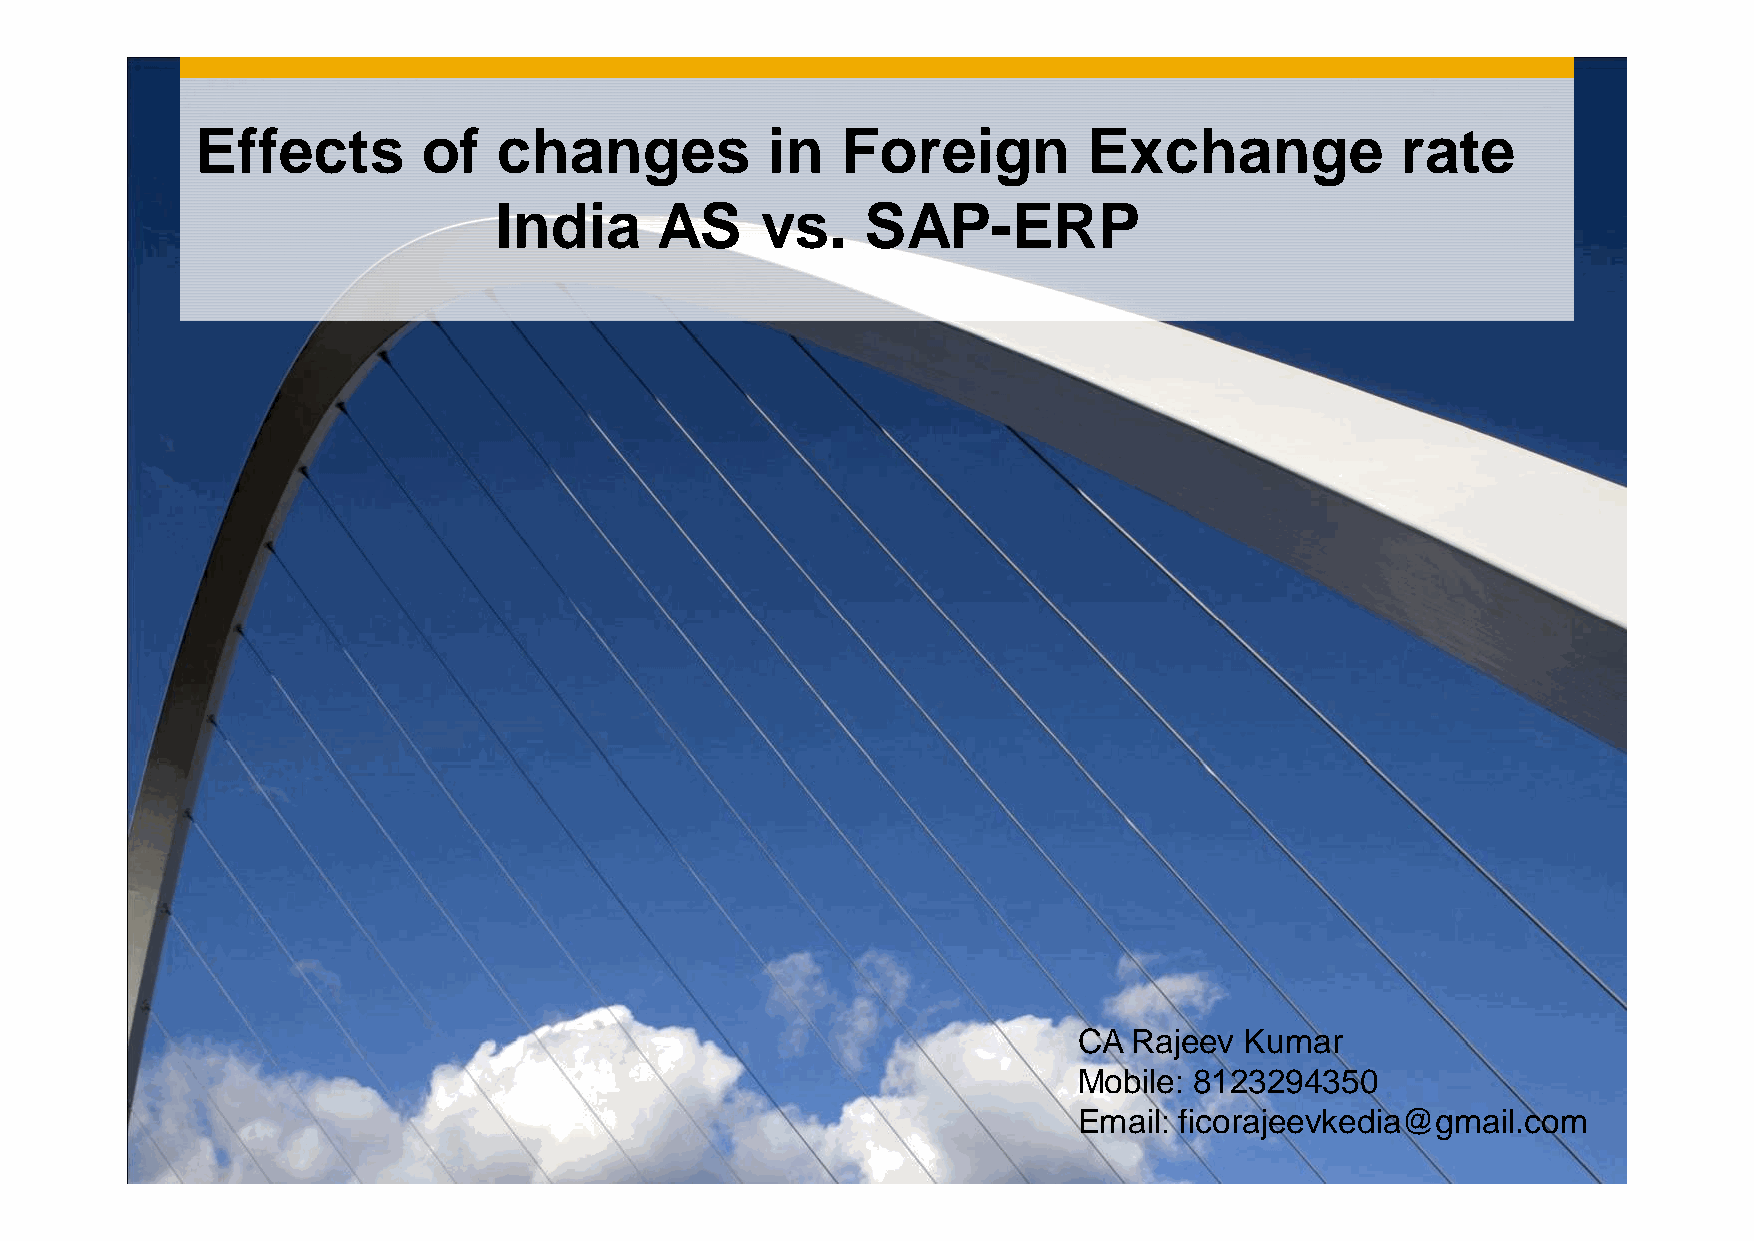
Effects        of   changes           in   Foreign         Exchange             rate
 India     AS     vs.    SAP-ERP
 CA  Rajeev Kumar
 Mobile: 8123294350
 Email: ficorajeevkedia@gmail.com